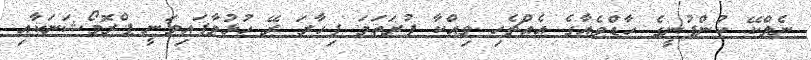
ނެލްކޭ ކުންފުނީގެ ހާޑްވެއާގެ އެއްޗެހި ވިއްކާ ފުރަތަމަ ފިހާރަ ރޭ ހުޅުވާފައިވަނީ ޕްރޮމޯޝަނަކާއި